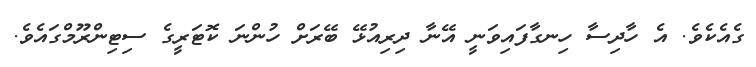
ގެއެކެވެ. އެ ހާދިސާ ހިނގާފަައިވަނީ އޭނާ ދިރިއުޅޭ ބޭރަށް ހުންނަ ކޮޓަރީގެ ސިޓިންރޫމްގައެވެ.